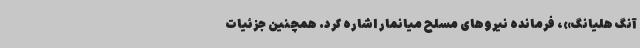
آنگ هلیانگ»، فرمانده نیروهای مسلح میانمار اشاره کرد. همچنین جزئیات